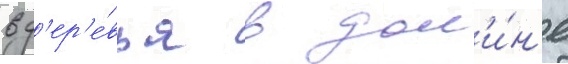
в д'ер'е́вья в дол'и́н'е